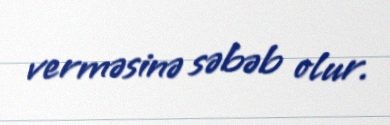
verməsinə səbəb olur.